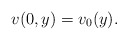
\begin{align*}v(0,y)=v_0(y).\end{align*}